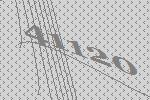
41120